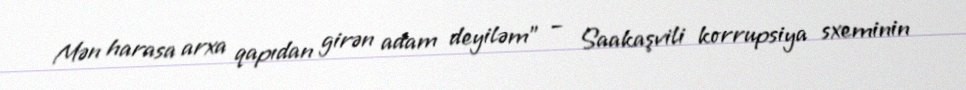
Mən harasa arxa qapıdan girən adam deyiləm” – Saakaşvili korrupsiya sxeminin